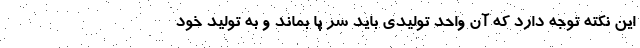
این نکته توجه دارد که آن واحد تولیدی باید سر پا بماند و به تولید خود